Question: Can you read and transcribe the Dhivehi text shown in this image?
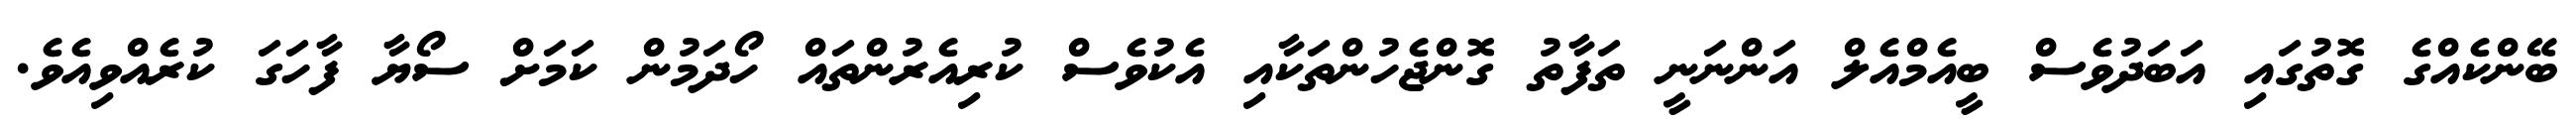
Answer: ބޭންކެއްގެ ގޮތުގައި އަބަދުވެސް ބީއެމްއެލް އަންނަނީ ތަފާތު ގޮންޖެހުންތަކާއި އެކުވެސް ކުރިއެރުންތައް ހޯދަމުން ކަމަށް ސޯޔާ ފާހަގަ ކުރެއްވިއެވެ.